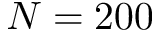
N = 2 0 0